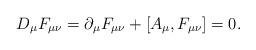
LaTeX: \begin{align*}D_{\mu } F_{\mu \nu } = \partial_{\mu} F_{\mu \nu } + [A_{\mu },F_{\mu \nu}]= 0 .\end{align*}